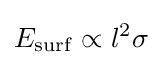
E_{\mathrm {surf} }\propto l^{2}\sigma